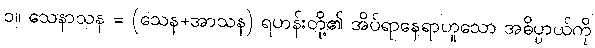
၁။ သေနာသန = (သေန+အာသန) ရဟန်းတို့၏ အိပ်ရာနေရာဟူသော အဓိပ္ပာယ်ကို